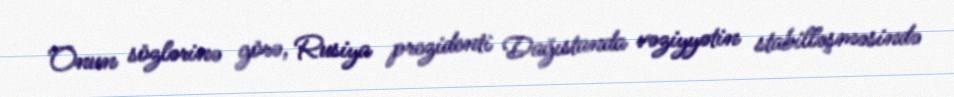
Onun sözlərinə görə, Rusiya prezidenti Dağıstanda vəziyyətin stabilləşməsində